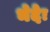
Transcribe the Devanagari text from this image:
भेदेः